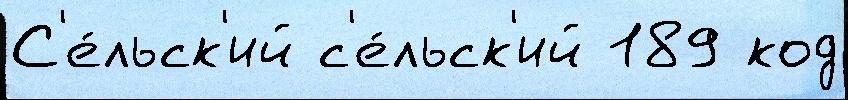
С'е́льск'ий с'е́льск'ий 189 код